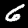
Label: 6